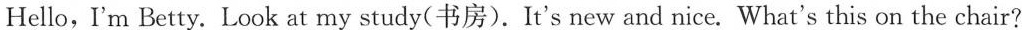
Hello, I'm Betty.Look at my study(书房).It's new and nice. What's this on the chair?